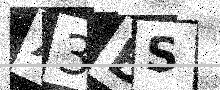
Text: X3BS